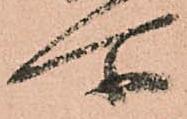
所